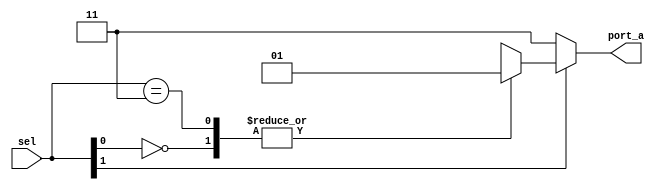
module CAS_NR_OVCI (sel,port_a); 
   input [1:0] sel ; 
   output [1:0] port_a; 
   reg [1:0] port_a; 
   always@(sel)   
   begin   
      casex (sel)     
      2'b0x : port_a = 2'b11;
      2'bx0 : port_a = 2'b01;     
      2'b11 : port_a = 2'b01;    
      default : port_a = 2'bxx;   
   endcase
end endmodule